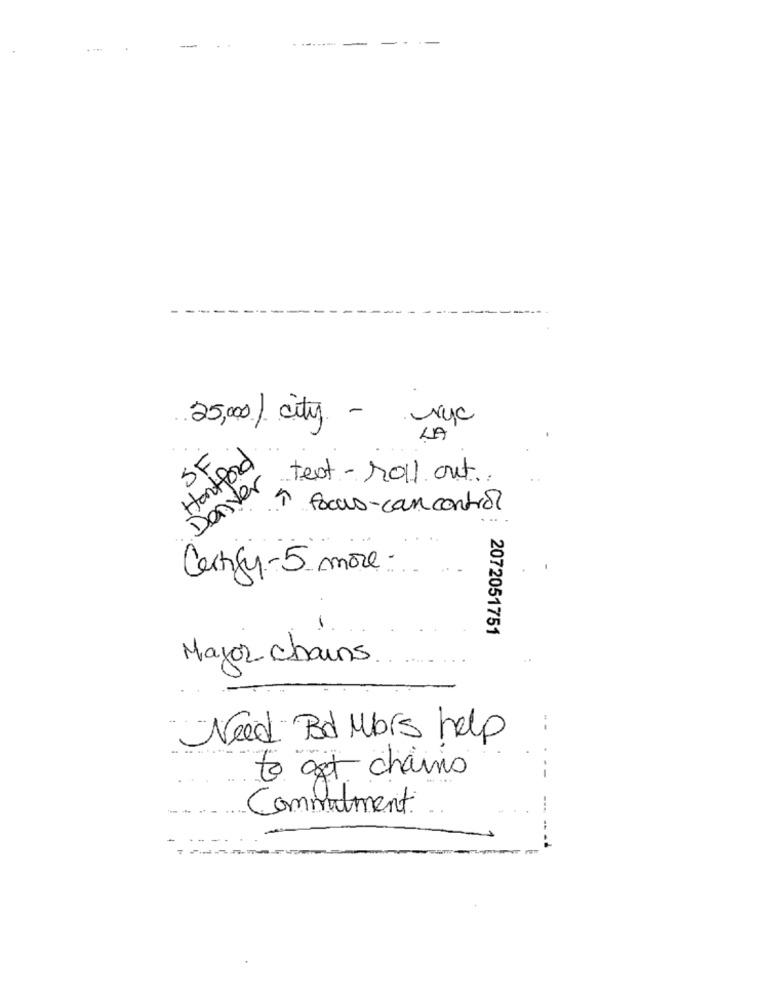
-------.
-
25,0/ city - ryc
LA'
SF
Hartford
Denver
test-1011 out.
1 focus-con control
. ..
Certify-5 more.
2072051751
Mayor chains
Need Bd Mors help
to get chainis
Commitment